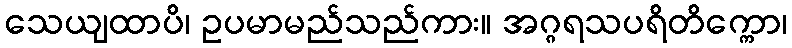
သေယျထာပိ၊ ဥပမာမည်သည်ကား။ အဂ္ဂရသပရိတိက္ကော၊